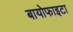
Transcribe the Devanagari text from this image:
बायोफाइटा